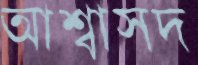
আশ্বাসদ